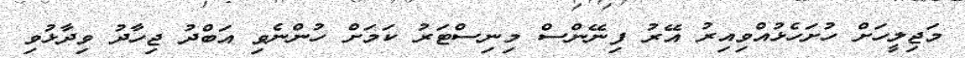
މަޖިލީހަށް ހުށަހެޅުއްވިއިރު އޭރު ފިނޭންސް މިނިސްޓަރު ކަމަށް ހުންނެވި އަބްދު ޖިހާދު ވިދާޅުވި